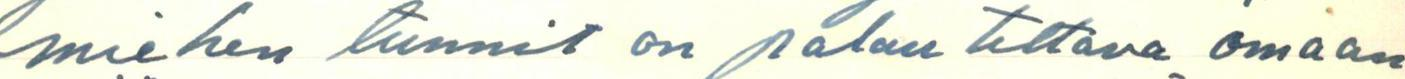
miehen tunnit on palautettava omaan